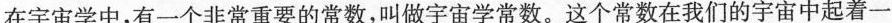
在宇宙学中，有一个非常重要的常数，叫做宇宙学常数。这个常数在我们的宇宙中起着一